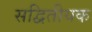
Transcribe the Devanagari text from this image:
सद्वितीयक